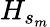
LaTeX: H_{s_{m}}